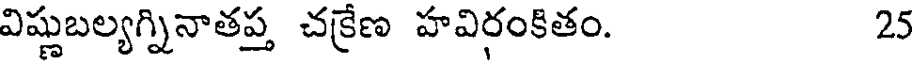
విష్ణుబల్యగ్నినాతప్త చక్రేణ హవిరంకితం. 25